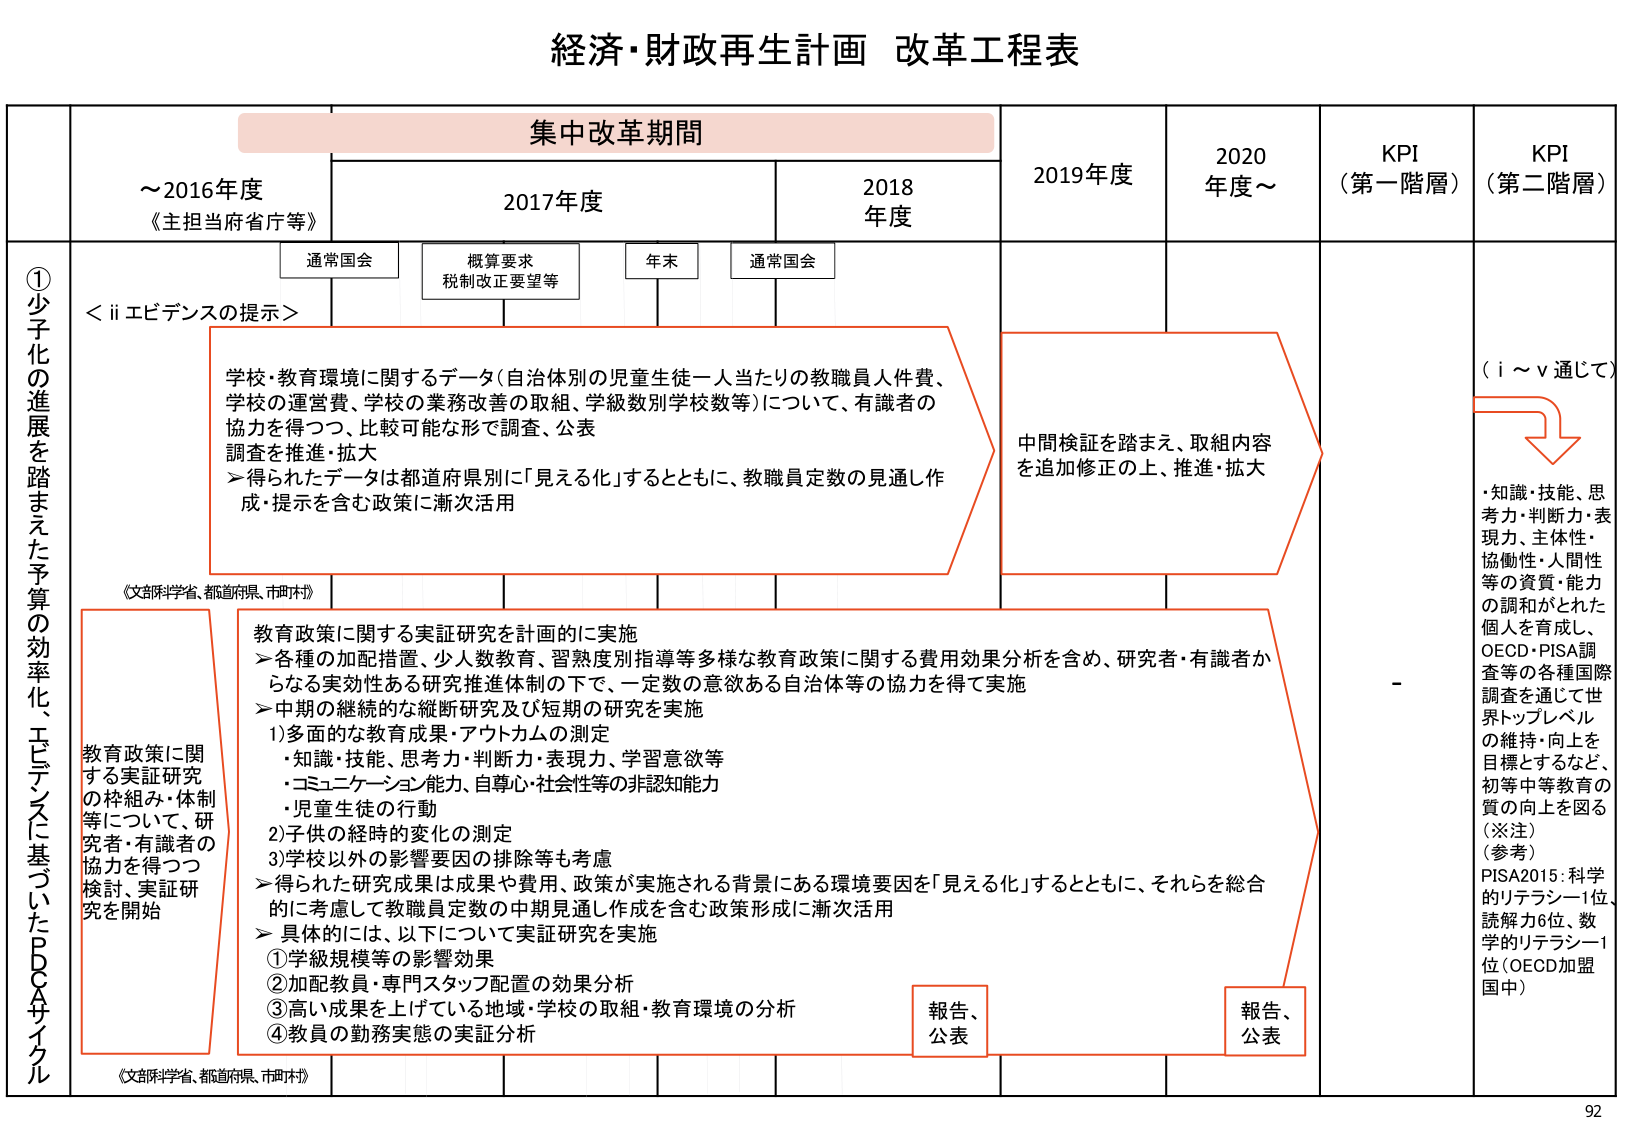
経済・財政再生計画 改革工程表

集中改革期間

～2016年度
《主担当府省庁等》

2017年度
通常国会
概算要求
税制改正要望等
年末
通常国会

2018年度

2019年度

2020年度～

KPI
（第一階層）

KPI
（第二階層）

①少子化の進展を踏まえた予算の効率化、エビデンスに基づいたPDCAサイクル

＜ii エビデンスの提示＞

学校・教育環境に関するデータ（自治体別の児童生徒一人当たりの教職員人件費、学校の運営費、学校の業務改善の取組、学級数別学校数等）について、有識者の協力を得つつ、比較可能な形で調査、公表
調査を推進・拡大
＞得られたデータは都道府県別に「見える化」するとともに、教職員定数の見通し作成・提示を含む政策に漸次活用

中間検証を踏まえ、取組内容を追加修正の上、推進・拡大

（i～v通じて）

・知識・技能、思考力・判断力・表現力、主体性・協働性・人間性等の資質・能力の調和がとれた個人を育成し、OECD・PISA調査等の各種国際調査を通じて世界トップレベルの維持・向上を目標とするなど、初等中等教育の質の向上を図る
（※注）
（参考）
PISA2015：科学的リテラシー1位、読解力6位、数学的リテラシー1位（OECD加盟国中）

《文部科学省、都道府県、市町村》

教育政策に関する実証研究の枠組み・体制等について、研究者・有識者の協力を得つつ検討、実証研究を開始

教育政策に関する実証研究を計画的に実施
＞各種の加配措置、少人数教育、習熟度別指導等多様な教育政策に関する費用効果分析を含め、研究者・有識者からなる実効性ある研究推進体制の下で、一定数の意欲ある自治体等の協力を得て実施
＞中期的継続的な縦断研究及び短期的研究を実施
1)多面的な教育成果・アウトカムの測定
・知識・技能、思考力・判断力・表現力、学習意欲等
・コミュニケーション能力、自尊心・社会性等の非認知能力
・児童生徒の行動
2)子供の経時的変化の測定
3)学校以外の影響要因の排除等も考慮
＞得られた研究成果は成果や費用、政策が実施される背景にある環境要因を「見える化」するとともに、それらを総合的に考慮して教職員定数の中期見通し作成を含む政策形成に漸次活用
＞具体的には、以下について実証研究を実施
①学級規模等の影響効果
②加配教員・専門スタッフ配置の効果分析
③高い成果を上げている地域・学校の取組・教育環境の分析
④教員の勤務実態の実証分析

報告、公表

報告、公表

《文部科学省、都道府県、市町村》

92